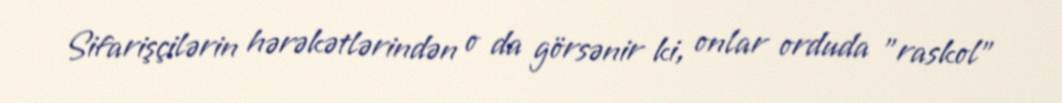
Sifarişçilərin hərəkətlərindən o da görsənir ki, onlar orduda "raskol"